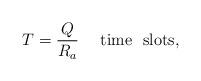
LaTeX: \begin{align*}T=\frac{Q}{R_a} \ \ \ \ {\rm time \ \ slots,}\end{align*}